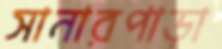
সানারপাড়া